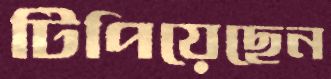
টিপিয়েছেন